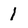
Character: 1